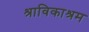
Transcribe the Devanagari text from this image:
श्राविकाश्रम